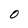
Character: 0